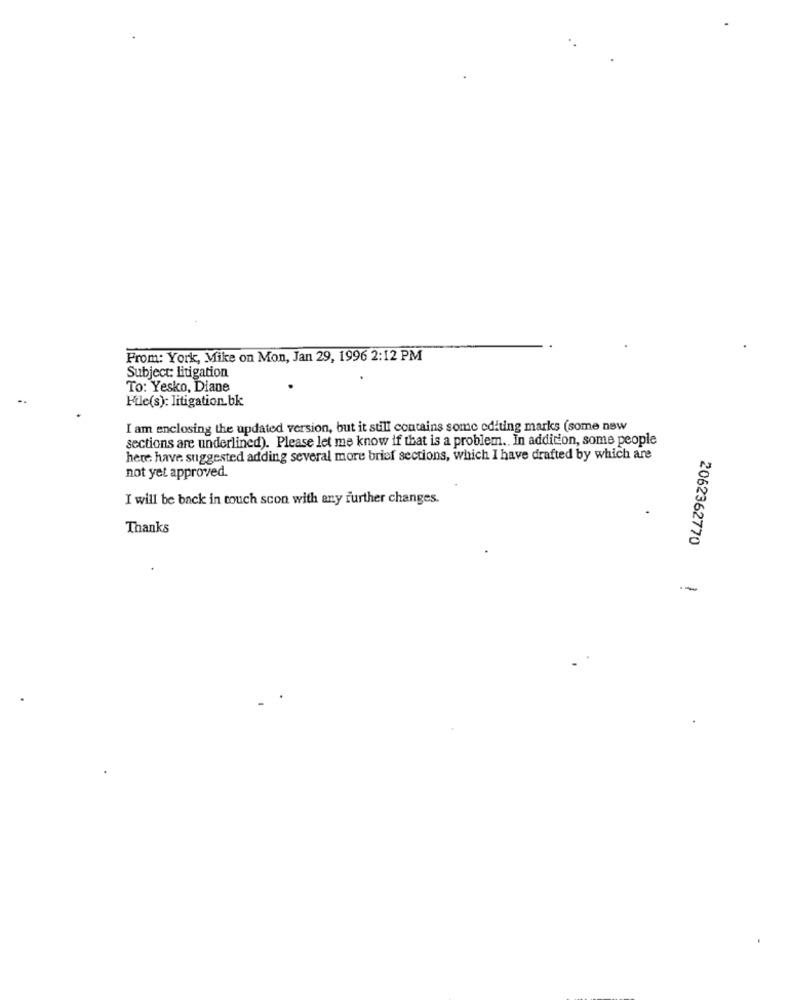
From: York, Mike on Mon, Jan 29, 1996 2:12 PM
Subject: litigation
To: Yesko, Diane
File(s): litigation.bk
I am enclosing the updated version, but it still contains some editing marks (some new
sections are underlined). Please let me know if that is a problem. In addition, some people
here: have suggested adding several more brief sections, which I have drafted by which are
not yet approved.
I will be back in touch scon with any further changes.
Thanks
2062362770
-